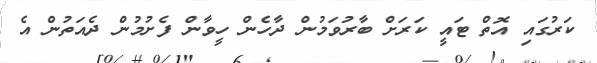
ކަރުގައި އޮތް ޓައީ ކަރަށް ބާރުވަމުން ދާހެން ހީވާން ފެށުމުން ދެއަތުން އެ